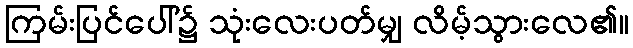
ကြမ်းပြင်ပေါ်၌ သုံးလေးပတ်မျှ လိမ့်သွားလေ၏။